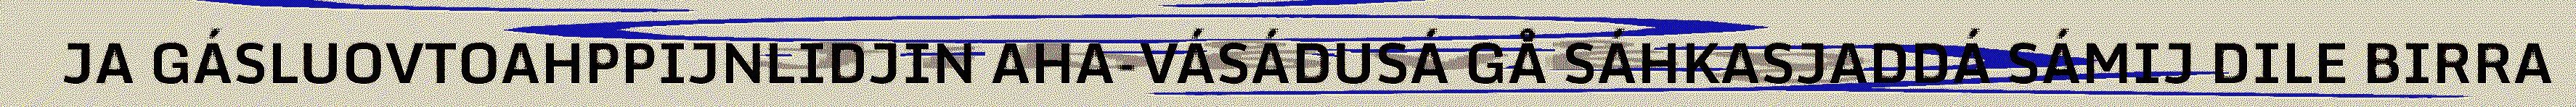
JA GÁSLUOVTOAHPPIJNLIDJIN AHA-VÁSÁDUSÁ GÅ SÁHKASJADDÁ SÁMIJ DILE BIRRA